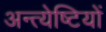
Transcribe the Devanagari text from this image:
अन्त्येष्टियों